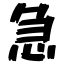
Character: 急